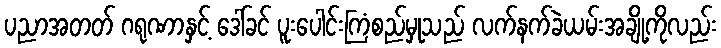
ပညာအတတ် ဂရုဏာနှင့် ဒေါ်ခင် ပူးပေါင်းကြံစည်မှုသည် လက်နက်ခဲယမ်းအချို့ကိုလည်း